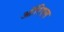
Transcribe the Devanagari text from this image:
ऑरिएल